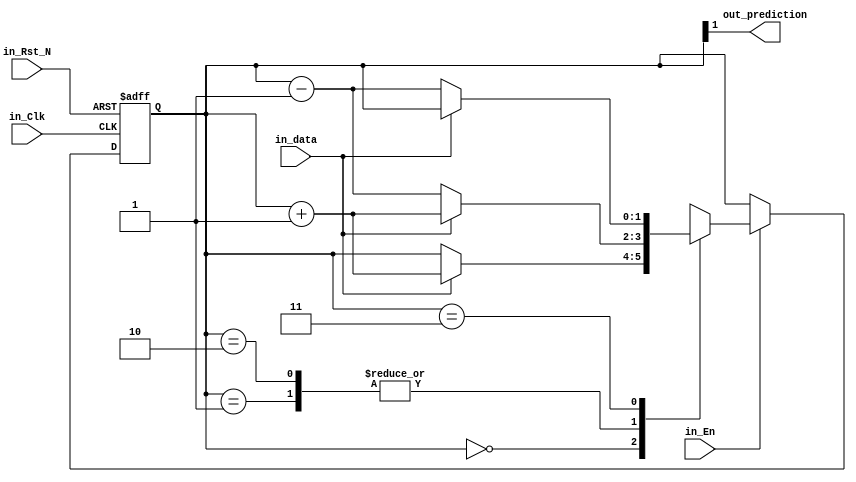
// Saturating Counter

module sat_counter(in_data, out_prediction, in_Clk, in_Rst_N, in_En);
    input   in_data, in_Clk, in_Rst_N, in_En;
    output  out_prediction;

    reg [1:0] counter;

    always @ (posedge in_Clk or negedge in_Rst_N) begin
        if (!in_Rst_N) begin
            counter <= 2'd0;
        end else begin
            if (in_En) begin
                case (counter)
                    2'b00: counter <= (in_data) ? counter + 2'd1 : counter;        // Strongly not taken
                    2'b01: counter <= (in_data) ? counter + 2'd1 : counter - 2'd1; // Weakly not taken
                    2'b10: counter <= (in_data) ? counter + 2'd1 : counter - 2'd1; // Weakly taken
                    2'b11: counter <= (in_data) ? counter        : counter - 2'd1; // Strongly taken
                endcase
            end else counter <= counter;
        end
    end

    assign out_prediction = counter[1];
endmodule